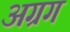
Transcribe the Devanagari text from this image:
अग्रग